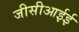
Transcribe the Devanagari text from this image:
जीसीआईई